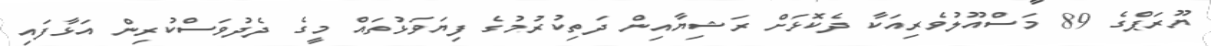
ޔޫރަޕްގެ 89 މަސްއޫލުވެރިއަކާ ދެކޮޅަށް ރަޝިޔާއިން ދަތިކުރުމުގެ ފިޔަވަޅުތައް މީގެ ދެދުވަސްކުރިން އަޅާފައި